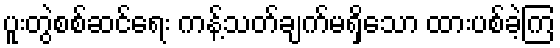
ပူးတွဲစစ်ဆင်ရေး ကန့်သတ်ချက်မရှိသော ထားပစ်ခဲ့ကြ